Indian journal of veterinary science and animal husbandry - Volume 3,
Year: 1933
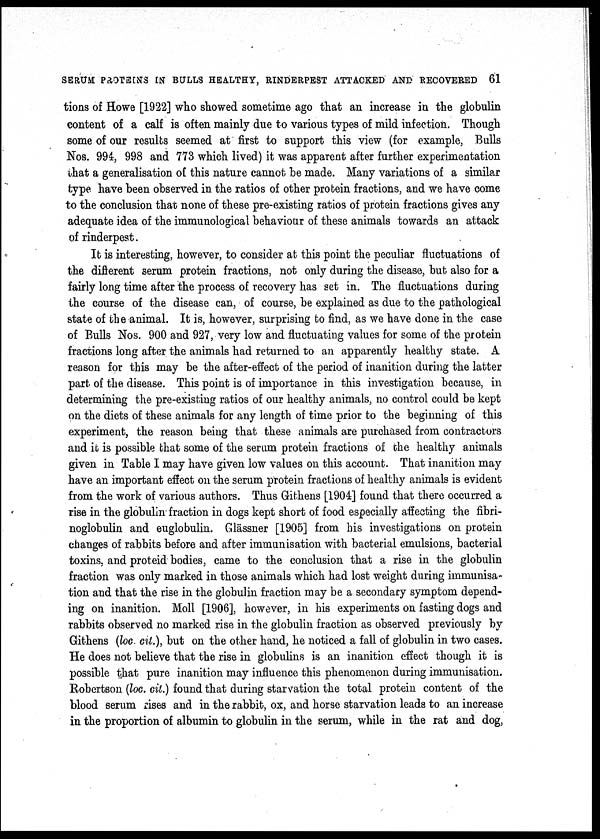
SERUM PROTEINS IN BULLS HEALTHY, RINDERPEST ATTACKED AND RECOVERED 61
tions of Howe [1922] who showed sometime ago that an increase in the globulin
content of a calf is often mainly due to various types of mild infection. Though
some of our results seemed at first to support this view (for example, Bulls
Nos. 994, 998 and 773 which lived) it was apparent after further experimentation
that a generalisation of this nature cannot be made. Many variations of a similar
type have been observed in the ratios of other protein fractions, and we have come
to the conclusion that none of these pre-existing ratios of protein fractions gives any
adequate idea of the immunological behaviour of these animals towards an attack
of rinderpest.
It is interesting, however, to consider at this point the peculiar fluctuations of
the different serum protein fractions, not only during the disease, but also for a
fairly long time after the process of recovery has set in. The fluctuations during
the course of the disease can, of course, be explained as due to the pathological
state of the animal. It is, however, surprising to find, as we have done in the case
of Bulls Nos. 900 and 927, very low and fluctuating values for some of the protein
fractions long after the animals had returned to an apparently healthy state. A
reason for this may be the after-effect of the period of inanition during the latter
part of the disease. This point is of importance in this investigation because, in
determining the pre-existing ratios of our healthy animals, no control could be kept
on the diets of these animals for any length of time prior to the beginning of this
experiment, the reason being that these animals are purchased from contractors
and it is possible that some of the serum protein fractions of the healthy animals
given in Table I may have given low values on this account. That inanition may
have an important effect on the serum protein fractions of healthy animals is evident
from the work of various authors. Thus Githens [1904] found that there occurred a
rise in the globulin fraction in dogs kept short of food especially affecting the fibri-
noglobulin and euglobulin. Glässner [1905] from his investigations on protein
changes of rabbits before and after immunisation with bacterial emulsions, bacterial
toxins, and proteid bodies, came to the conclusion that a rise in the globulin
fraction was only marked in those animals which had lost weight during immunisa-
tion and that the rise in the globulin fraction may be a secondary symptom depend-
ing on inanition. Moll [1906], however, in his experiments on fasting dogs and
rabbits observed no marked rise in the globulin fraction as observed previously by
Githens (loc cit.), but on the other hand, he noticed a fall of globulin in two cases.
He does not believe that the rise in globulins is an inanition effect though it is
possible that pure inanition may influence this phenomenon during immunisation.
Robertson (loc. cit.) found that during starvation the total protein content of the
blood serum rises and in the rabbit, ox, and horse starvation leads to an increase
in the proportion of albumin to globulin in the serum, while in the rat and dog,